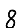
Digit: 8